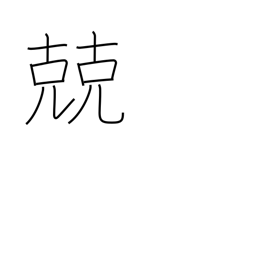
Meaning: discreet